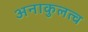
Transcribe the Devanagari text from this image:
अनाकुलत्व